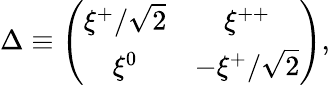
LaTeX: \Delta\equiv\left(\begin{array}{cc}{{\xi^{+}/\sqrt 2}}&{{\xi^{++}}}\\ {{\xi^{0}}}&{{-\xi^{+}/\sqrt 2}}\end{array}\right),